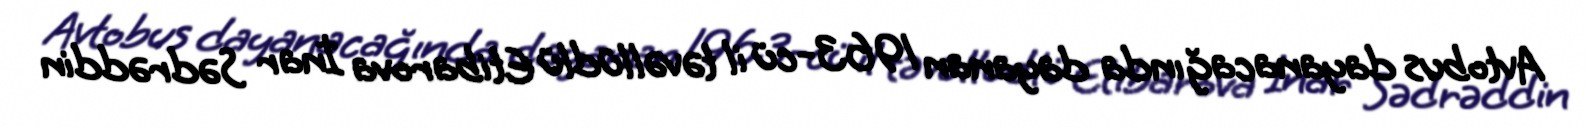
Avtobus dayanacağında dayanan 1963-cü il təvəllüdlü Etibarova İnar Sədrəddin